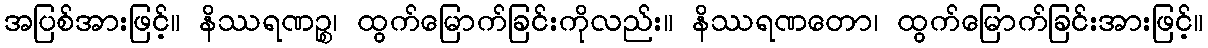
အပြစ်အားဖြင့်။ နိဿရဏဉ္စ၊ ထွက်မြောက်ခြင်းကိုလည်း။ နိဿရဏတော၊ ထွက်မြောက်ခြင်းအားဖြင့်။